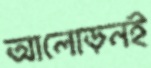
আলোড়নই